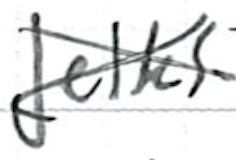
Text: Jelks
Cross-out: cross
Writing tool: ballpoint